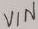
Text: VIN